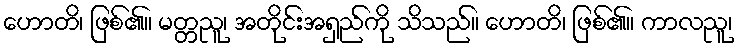
ဟောတိ၊ ဖြစ်၏။ မတ္တညူ၊ အတိုင်းအရှည်ကို သိသည်။ ဟောတိ၊ ဖြစ်၏။ ကာလညူ၊